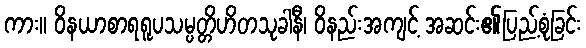
ကား။ ဝိနယာစာရရူပသမ္ပတ္တိဟိတသုခါနီ၊ ဝိနည်းအကျင့် အဆင်း၏ပြည့်စုံခြင်း